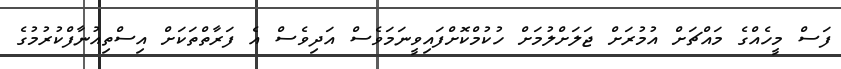
ފަސް މީހެއްގެ މައްޗަށް އުމުރަށް ޖަލަށްލުމަށް ހުކުމްކޮށްފައިވީނަމަވެސް އަދިވެސް އެ ފަރާތްތަކަށް އިސްތިއުނާފްކުރުމުގެ